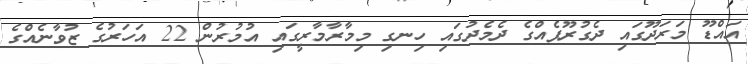
އައްޑޫ މަރަދޫގައި ދެގުރޫޕެއްގެ ދެމެދުގައި ހިނގި މިމާރާމާރީގައި އުމުރުން 22 އަހަރުގެ ޒުވާނެއްގެ